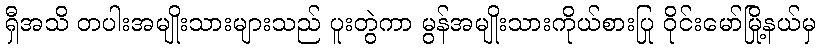
ရှီအသိ တပါးအမျိုးသားများသည် ပူးတွဲကာ မွန်အမျိုးသားကိုယ်စားပြု ဝိုင်းမော်မြို့နယ်မှ